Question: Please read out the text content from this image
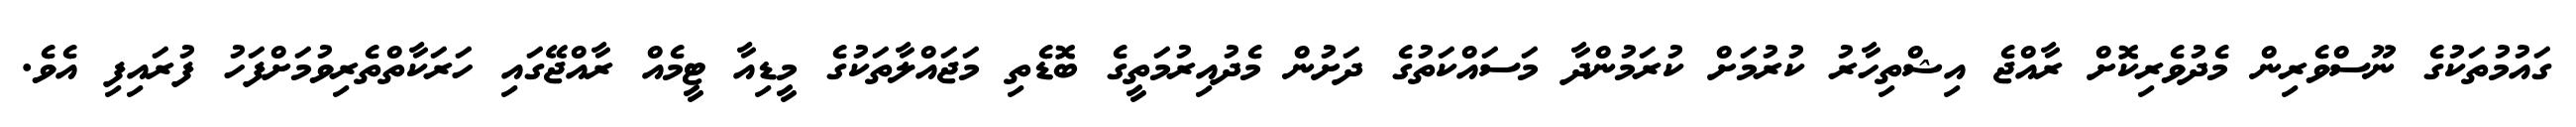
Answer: ގައުމުތަކުގެ ނޫސްވެރިން މެދުވެރިކޮށް ރާއްޖެ އިޝްތިހާރު ކުރުމަށް ކުރަމުންދާ މަސައްކަތުގެ ދަށުން މެދުއިރުމަތީގެ ބޮޑެތި މަޖައްލާތަކުގެ މީޑިއާ ޓީމެއް ރާއްޖޭގައި ހަރަކާތްތެރިވުމަށްފަހު ފުރައިފި އެވެ.